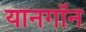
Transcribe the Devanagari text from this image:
यानगॉन